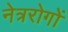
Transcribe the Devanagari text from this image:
नेत्ररोगों